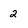
Character: 2